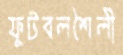
ফুটবলশৈলী